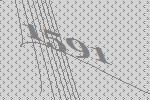
1591